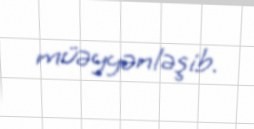
müəyyənləşib.